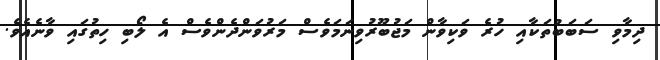
ދިމާވި ސަބަބުތަކާއި ހުރެ ވަކިވާން މަޖުބޫރުވިނަމަވެސް މަރުވަންދެންވެސް އެ ލޯބި ހިތުގައި ވާނެއެވެ.